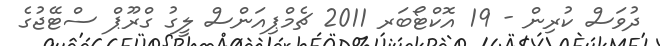
ދުވަސް ކުރިން - 19 އޮކްޓޯބަރ 2011 ޗެމްޕިއަންސް ލީގު ގްރޫޕް ސްޓޭޖުގެ